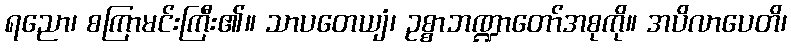
ရညော၊ စကြာမင်းကြီး၏။ သာပတေယျံ၊ ဥစ္စာဘဏ္ဍာတော်အစုကို။ အပိလာပေတိ၊